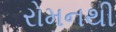
રોમનથી